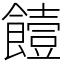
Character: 饐